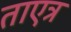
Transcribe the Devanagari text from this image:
ताएत्र